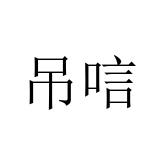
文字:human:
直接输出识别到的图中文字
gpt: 吊唁